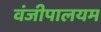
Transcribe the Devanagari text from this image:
वंजीपालयम